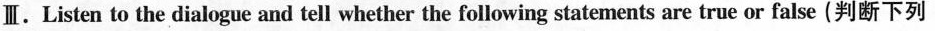
Ⅲ.Listen to the dialogue and tell whether thefollowing statements are true or false (判断下列